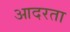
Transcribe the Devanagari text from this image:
आदरता